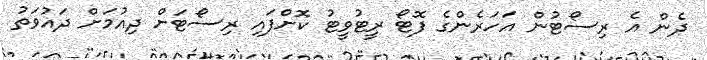
ދެން އެ ރިސޯޓުން އަހަރެންގެ ފޮޓޯ ރީޓުވީޓު ކޮށްފައި ރިސޯޓަށް ދިއުމަށް ދައުވަތު